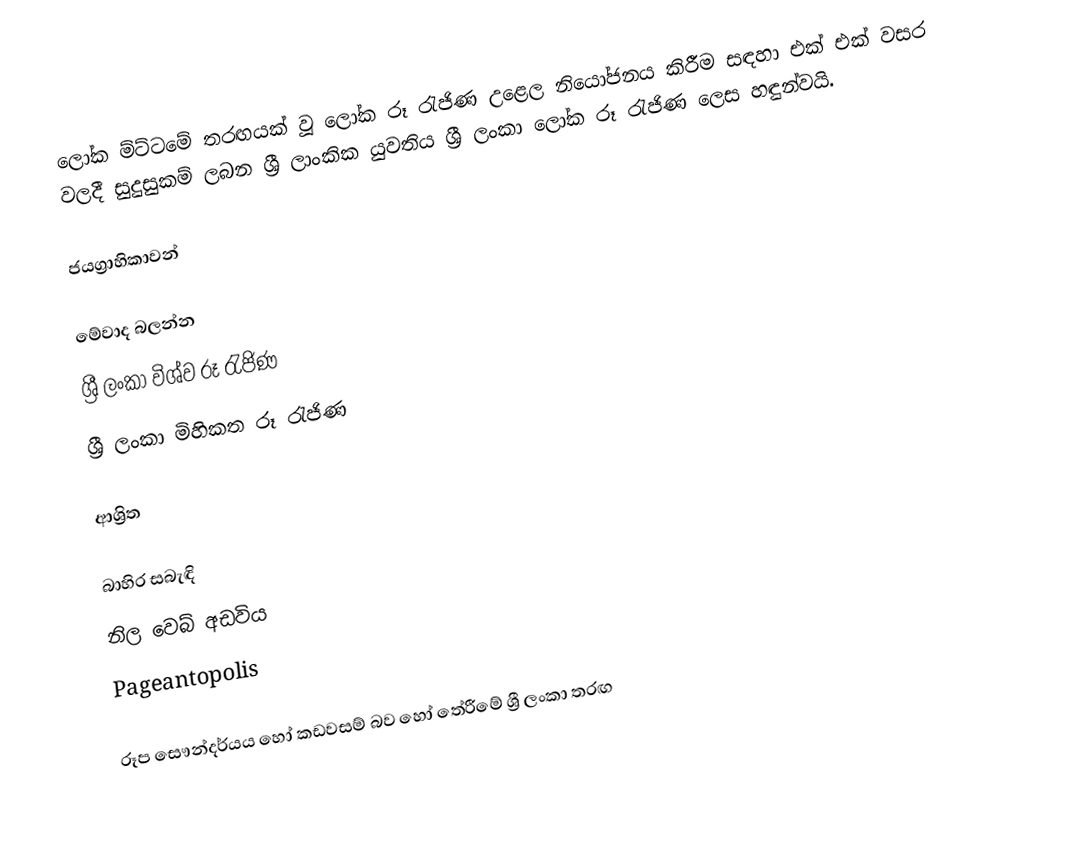
ලෝක ම්ට්ටමේ තරඟයක් වූ ලෝක රූ රැජිණ උළෙල නියෝජනය කිරීම සඳහා එක් එක් වසර වලදී සුදුසුකම් ලබන ශ්‍රී ලාංකික යුවතිය ශ්‍රී ලංකා ලෝක රූ රැජිණ ලෙස හඳුන්වයි.

ජයග්‍රාහිකාවන්

මේවාද බලන්න
ශ්‍රී ලංකා විශ්ව රූ රැජිණ
ශ්‍රී ලංකා මිහිකත රූ රැජිණ

ආශ්‍රිත

බාහිර සබැඳි
 නිල වෙබ් අඩවිය
 Pageantopolis

රූප සෞන්දර්යය හෝ කඩවසම් බව හෝ තේරීමේ ශ්‍රී ලංකා තරඟ